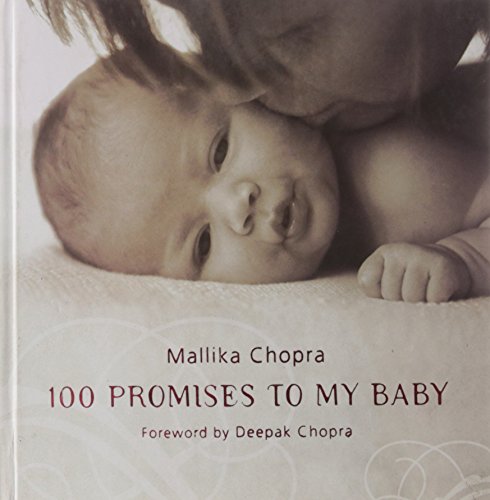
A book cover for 100 Promises to My Baby; Mallika Chopra; Parenting & Relationships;